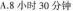
A.8小时30分钟